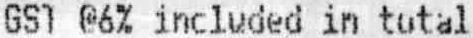
GST @6% INCLUDED IN TOTAL